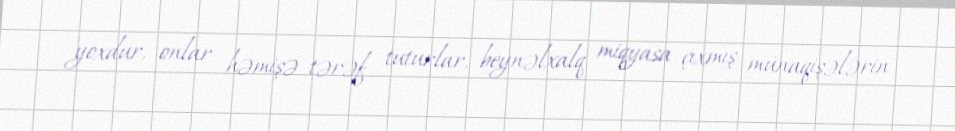
yoxdur, onlar həmişə tərəf tuturlar, beynəlxalq miqyasa çıxmış münaqişələrin